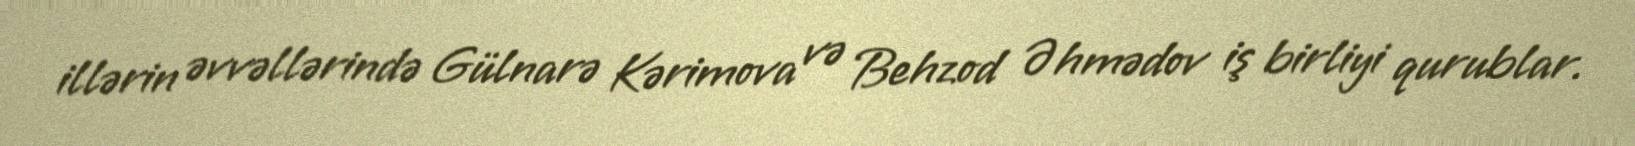
illərin əvvəllərində Gülnarə Kərimova və Behzod Əhmədov iş birliyi qurublar.